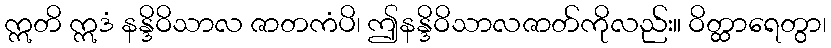
ဣတိ ဣဒံ နန္ဒိဝိသာလ ဇာတကံပိ၊ ဤနန္ဒိဝိသာလဇာတ်ကိုလည်း။ ဝိတ္ထာရေတွာ၊